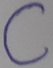
Text: C